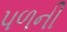
પળની